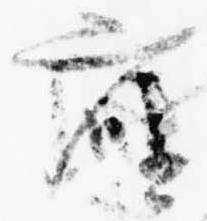
座